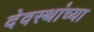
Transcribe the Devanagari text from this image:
देवस्थांच्या